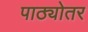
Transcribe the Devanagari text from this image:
पाठ्योतर